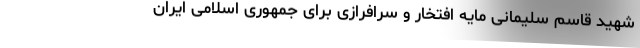
شهید قاسم سلیمانی مایه افتخار و سرافرازی برای جمهوری اسلامی ایران